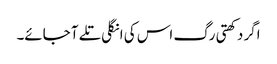
اگر دکھتی رگ اس کی انگلی تلے آ جائے۔